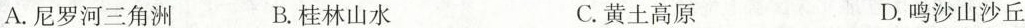
A.尼罗河三角洲 B.桂林山水 C.黄土高原 D.鸣沙山沙丘